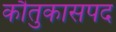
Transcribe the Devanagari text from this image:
काैतुकासपद